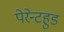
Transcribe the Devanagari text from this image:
पेरेन्टहुड